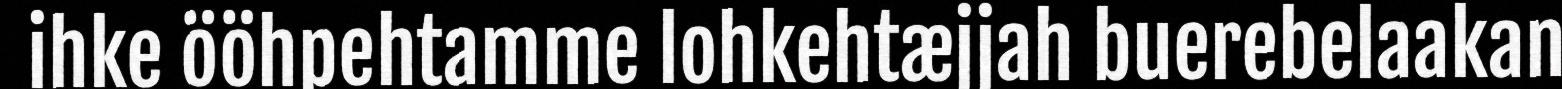
ihke ööhpehtamme lohkehtæjjah buerebelaakan